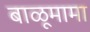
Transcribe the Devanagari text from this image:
बाळूमामा